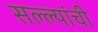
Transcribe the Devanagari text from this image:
सल्ल्यांची